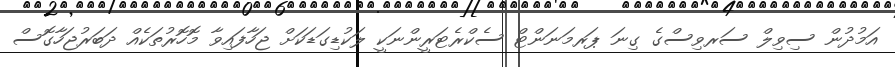
އަމުދުން ސިވިލް ސަރވިސްގެ ގިނަ ޕަރމަނަންޓް ސެކްރެޓަރީންނަކީ ލަކުޑިގަޑަކަށް ޖަހާފައިވާ މޮހޮރުތަކެއް ދަބަރުޖަހާގޮސް